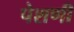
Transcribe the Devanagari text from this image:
पेशणी